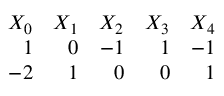
\begin{array} { r r r r r } { { X _ { 0 } } } & { { X _ { 1 } } } & { { X _ { 2 } } } & { { X _ { 3 } } } & { { X _ { 4 } } } \\ { { 1 } } & { { 0 } } & { { - 1 } } & { { 1 } } & { { - 1 } } \\ { { - 2 } } & { { 1 } } & { { 0 } } & { { 0 } } & { { 1 } } \end{array}